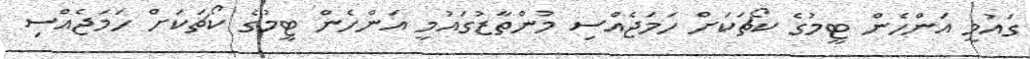
ގައުމީ އަންހެން ޓީމުގެ ކޯޗަކަށް ހަމަޖެއްސި މުންތާޒުގައުމީ އަންހެން ޓީމުގެ ކޯޗަކަށް ހަމަޖެއްސި